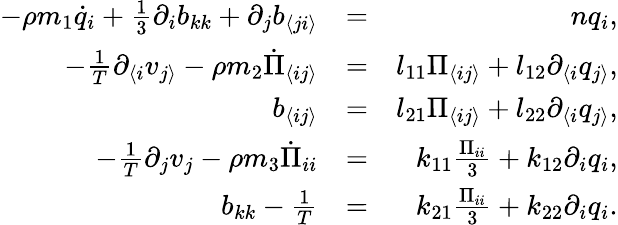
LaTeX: \begin{array}{rlr}{-\rho m_{1}\dot{q}_{i}+\frac{1}{3}\partial_{i}b_{kk}+\partial_{j}b_{\langle ji\rangle}}&{=}&{nq_{i},}\\ {-\frac{1}{T}\partial_{\langle i}v_{j\rangle}-\rho m_{2}\dot{\Pi}_{\langle ij\rangle}}&{=}&{l_{11}\Pi_{\langle ij\rangle}+l_{12}\partial_{\langle i}q_{j\rangle},}\\ {b_{\langle ij\rangle}}&{=}&{l_{21}\Pi_{\langle ij\rangle}+l_{22}\partial_{\langle i}q_{j\rangle},}\\ {-\frac{1}{T}\partial_{j}v_{j}-\rho m_{3}\dot{\Pi}_{ii}}&{=}&{k_{11}\frac{\Pi_{ii}}{3}+k_{12}\partial_{i}q_{i},}\\ {b_{kk}-\frac{1}{T}}&{=}&{k_{21}\frac{\Pi_{ii}}{3}+k_{22}\partial_{i}q_{i}.}\end{array}